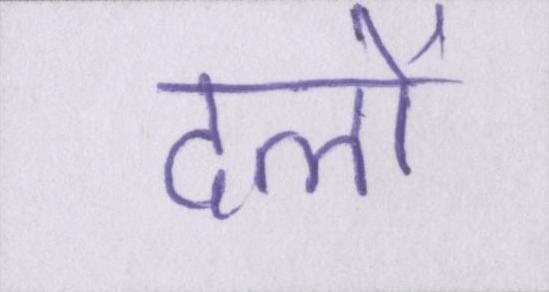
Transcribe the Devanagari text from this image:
दलों